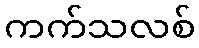
ကက်သလစ်